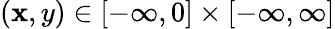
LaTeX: (\mathbf{x},y)\in[-\infty,0]\times[-\infty,\infty]